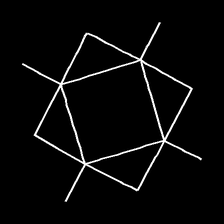
Glyph: light